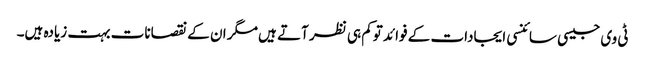
ٹی وی جیسی سائنسی ایجادات کے فوائد توکم ہی نظر آتے ہیں مگر ان کے نقصانات بہت زیادہ ہیں۔